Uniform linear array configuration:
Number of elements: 48
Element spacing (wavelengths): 0.75
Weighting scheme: hann
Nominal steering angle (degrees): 0
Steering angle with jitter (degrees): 0.2474
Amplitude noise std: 0.05
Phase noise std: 0.05

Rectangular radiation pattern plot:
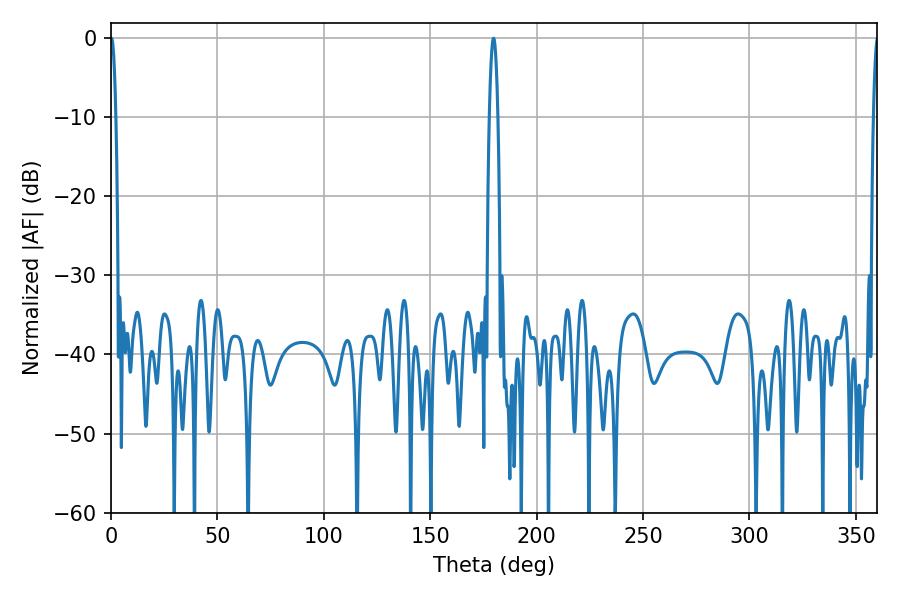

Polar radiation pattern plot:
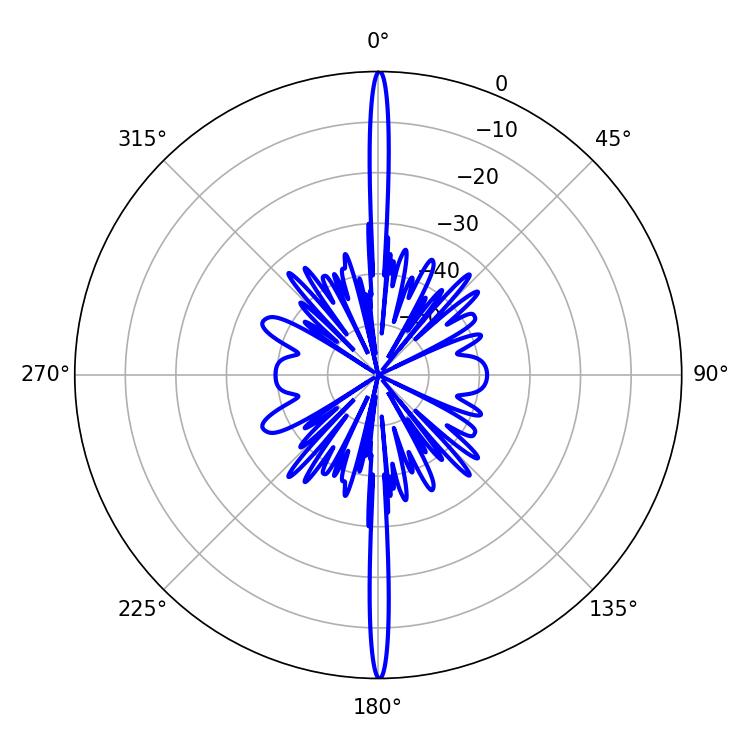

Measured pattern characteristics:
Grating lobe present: TRUE
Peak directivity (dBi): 37.584
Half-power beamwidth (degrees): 1.26
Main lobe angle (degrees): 0.18